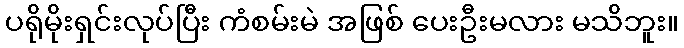
ပရိုမိုးရှင်းလုပ်ပြီး ကံစမ်းမဲ အဖြစ် ပေးဦးမလား မသိဘူး။